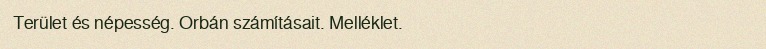
Terület és népesség. Orbán számításait. Melléklet.